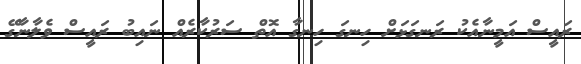
ރައީސް އަމީނާއެކު ރަނގަޅަށް ހިނގަ ހިނގާ އޮތް ސަރުކާރެއް ނައިބު ރައީސް ވެލާނާގޭ